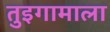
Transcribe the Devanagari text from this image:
तुइगामाला